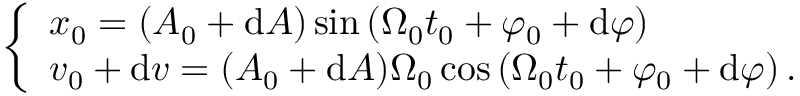
\left\{ \begin{array} { l } { x _ { 0 } = ( A _ { 0 } + \mathrm { d } A ) \sin \left( \Omega _ { 0 } t _ { 0 } + \varphi _ { 0 } + \mathrm { d } \varphi \right) } \\ { v _ { 0 } + \mathrm { d } v = ( A _ { 0 } + \mathrm { d } A ) \Omega _ { 0 } \cos \left( \Omega _ { 0 } t _ { 0 } + \varphi _ { 0 } + \mathrm { d } \varphi \right) \mathrm { . } } \end{array} \right.